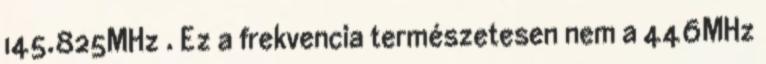
145.825MHz . Ez a frekvencia természetesen nem a 446MHz